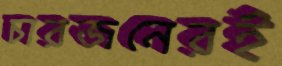
চারজনেরই